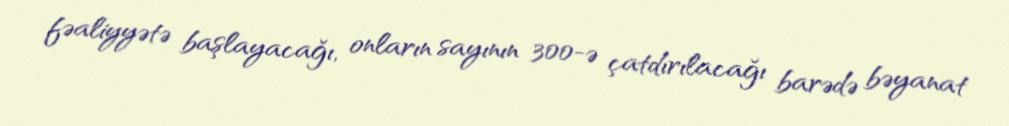
fəaliyyətə başlayacağı, onların sayının 300-ə çatdırılacağı barədə bəyanat